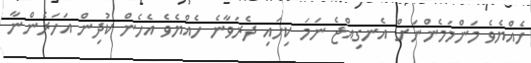
ހެއްޔެވެ މަންމަމެންނަށް އެނގިއްޖެ ނަމަ ކިހައި ދެރަވާނެ ހެއްޔެވެ އެހެން ކުދިން އަހަރެންނާ